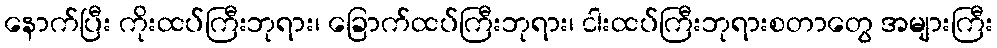
နောက်ပြီး ကိုးထပ်ကြီးဘုရား၊ ခြောက်ထပ်ကြီးဘုရား၊ ငါးထပ်ကြီးဘုရားစတာတွေ အများကြီး